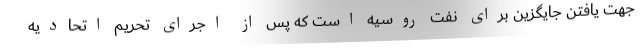
جهت یافتن جایگزین برای نفت روسیه است که پس از اجرای تحریم اتحادیه